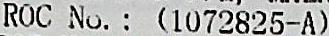
ROC NO. : (1072825-A)